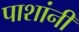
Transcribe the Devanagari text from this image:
पाशांनी